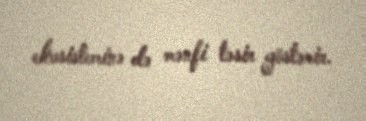
ekosisteminə də mənfi təsir göstərir.